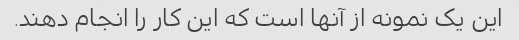
این یک نمونه از آنها است که این کار را انجام دهند.